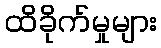
ထိခိုက်မှုများ